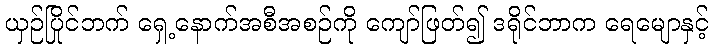
ယှဉ်ပြိုင်ဘက် ရှေ့နောက်အစီအစဉ်ကို ကျော်ဖြတ်၍ ဒရိုင်ဘာက ရေမျောနှင့်